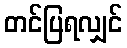
တင်ပြရလျှင်